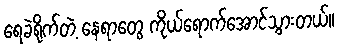
ရေခဲရိုက်တဲ့ နေရာတွေ ကိုယ်ရောက်အောင်သွားတယ်။